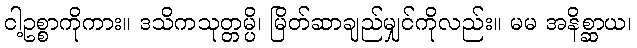
ငါ့ဥစ္စာကိုကား။ ဒသိကသုတ္တမ္ပိ၊ မြိတ်ဆာချည်မျှင်ကိုလည်း။ မမ အနိစ္ဆာယ၊